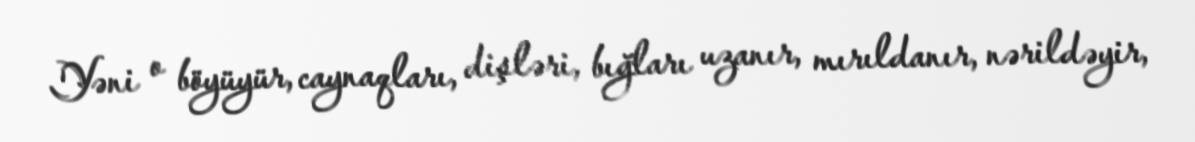
Yəni o böyüyür, caynaqları, dişləri, bığları uzanır, mırıldanır, nərildəyir,